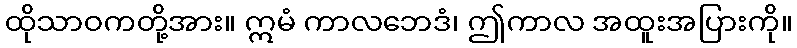
ထိုသာဝကတို့အား။ ဣမံ ကာလဘေဒံ၊ ဤကာလ အထူးအပြားကို။